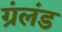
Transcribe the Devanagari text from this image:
ग्रंलंड